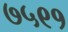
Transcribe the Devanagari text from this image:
७५९१